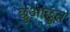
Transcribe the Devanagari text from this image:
छूआछुत